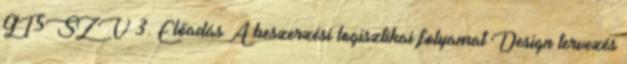
GT5SZV 3. Előadás A beszerzési logisztikai folyamat Design tervezés